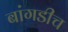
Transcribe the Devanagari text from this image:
बांगडीच